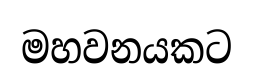
මහවනයකට